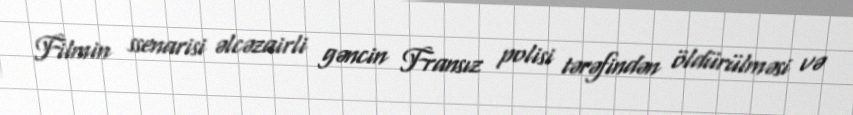
Filmin ssenarisi əlcəzairli gəncin Fransız polisi tərəfindən öldürülməsi və